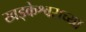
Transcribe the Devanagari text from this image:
खड्केश्वराच्या